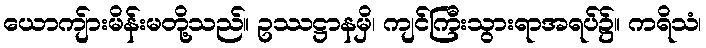
ယောကျ်ားမိန်းမတို့သည်။ ဥဿဋ္ဌာနမှိ၊ ကျင်ကြီးသွားရာအရပ်၌။ ကရိသံ၊